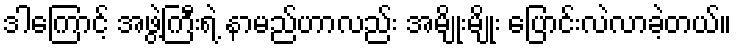
ဒါကြောင့် အဖွဲ့ကြီးရဲ့ နာမည်ဟာလည်း အမျိုးမျိုး ပြောင်းလဲလာခဲ့တယ်။